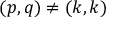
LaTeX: ( p , q ) \neq ( k , k )